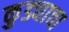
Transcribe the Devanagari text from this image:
कुड्याचा